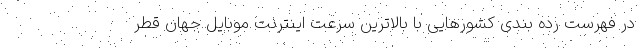
در فهرست رده بندی کشورهایی با بالاترین سرعت اینترنت موبایل جهان قطر